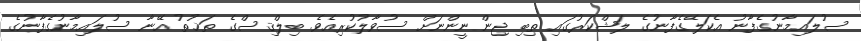
ސުލައިމާނުގެފާނު އެކަލޭގެފާނުގެ ލަޝްކަރުގައި ތިބި ޖިންނީންނަށް ސުވާލުކުރިއެވެ. ބިލްޤިސްގެ ތަޚުތު އޭނާ ސުލައިމާނުގެފާނުގެ